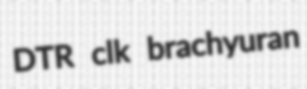
DTR clk brachyuran